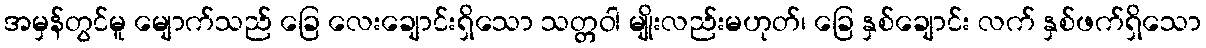
အမှန်တွင်မူ မျောက်သည် ခြေ လေးချောင်းရှိသော သတ္တဝါ မျိုးလည်းမဟုတ်၊ ခြေ နှစ်ချောင်း လက် နှစ်ဖက်ရှိသော